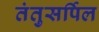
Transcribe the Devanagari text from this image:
तंतुसर्पिल